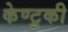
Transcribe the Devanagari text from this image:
केण्टुकी